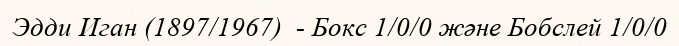
Эдди Иган (1897/1967)  - Бокс 1/0/0 және Бобслей 1/0/0